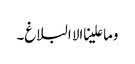
وما علینا الا البلاغ۔